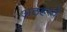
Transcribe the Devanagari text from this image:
अठहरवें